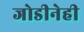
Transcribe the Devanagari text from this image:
जोडीनेही